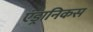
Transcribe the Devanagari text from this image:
एंड्रानिकस